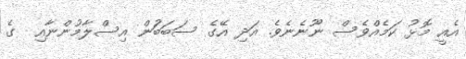
އެއީ މޮޅު ކަމެއްވެސް ނޫނެނެވެ. އަދި އޭގެ ސަބަބަުން އިސްލާމުންނާއި  ގެ